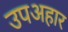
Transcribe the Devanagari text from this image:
उपअहार